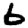
Digit: 6